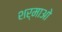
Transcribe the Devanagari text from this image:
शर्माओ